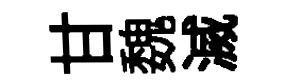
甘魏滅